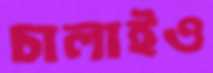
চালাইও